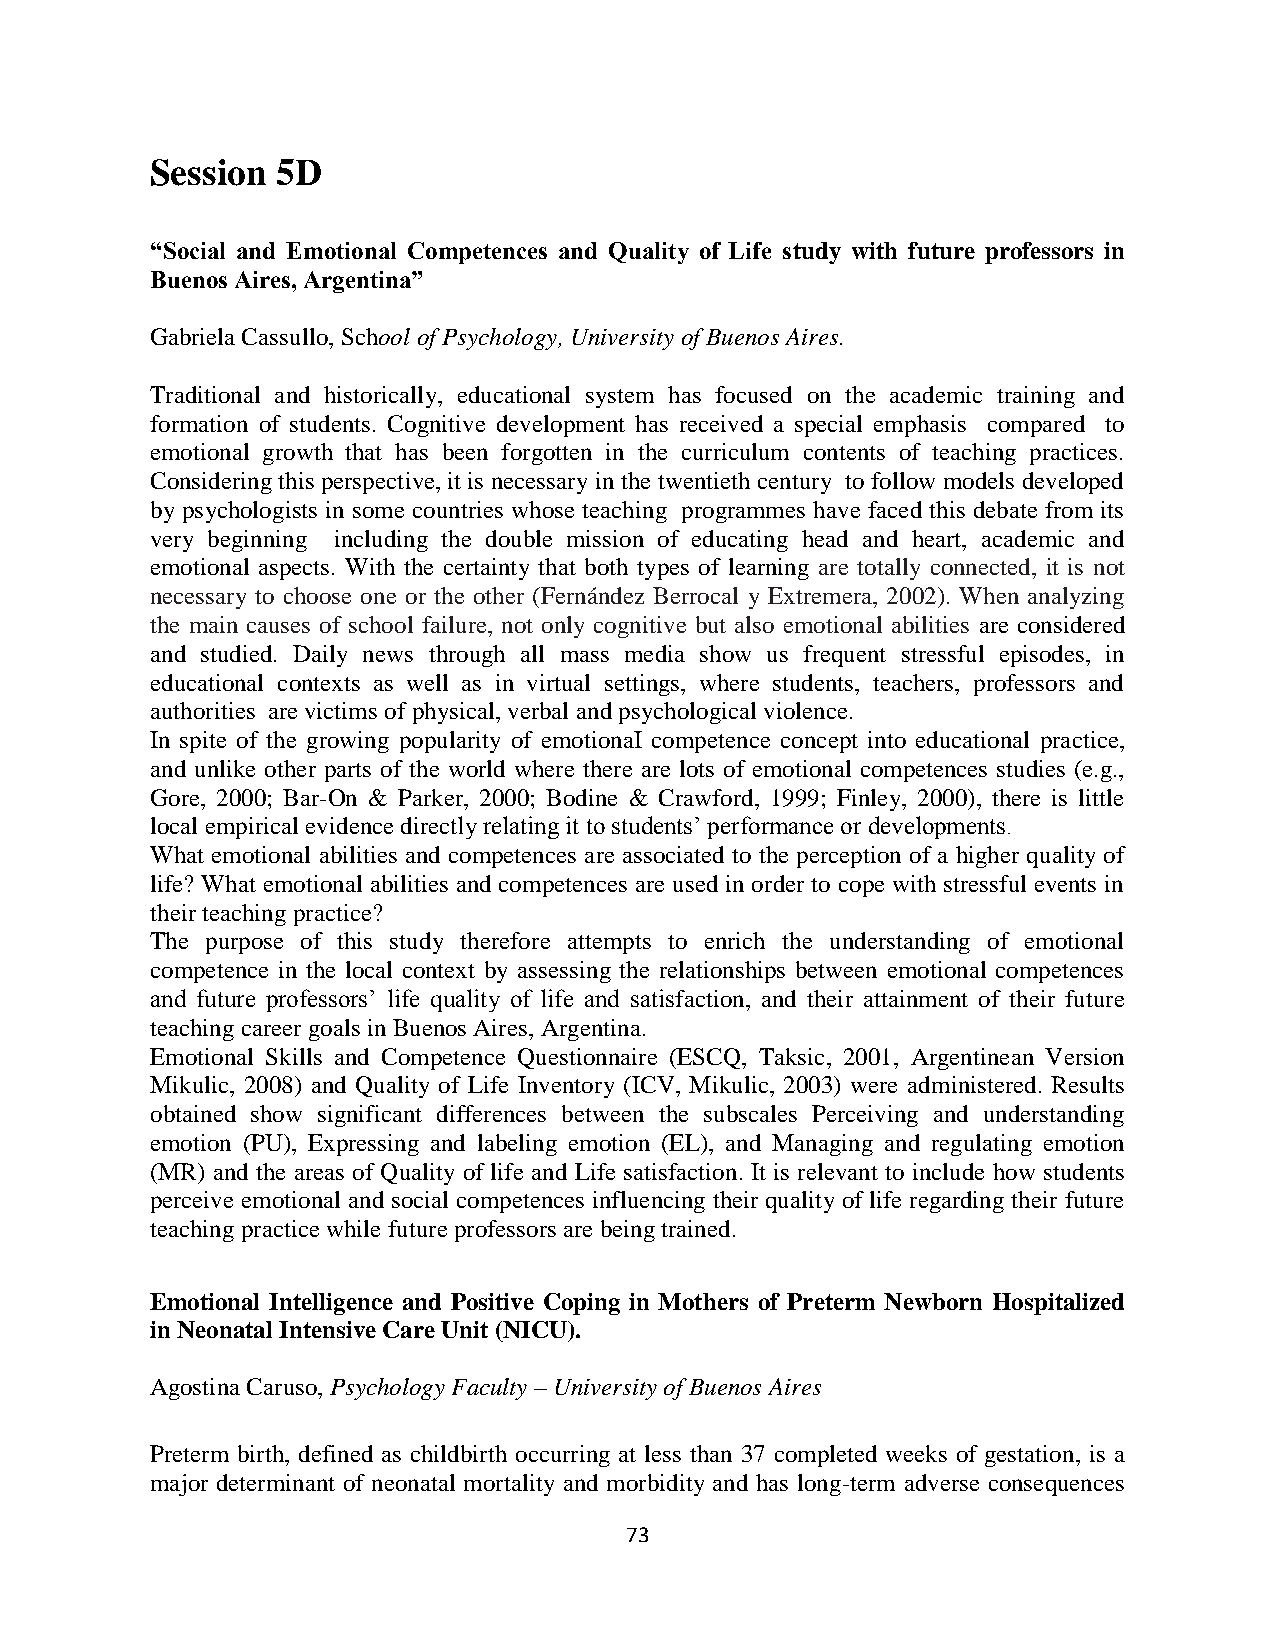
Session 5D
 “Social and Emotional Competences and Quality of Life study with future professors in
 Buenos Aires, Argentina”
 Gabriela Cassullo, School of Psychology, University of Buenos Aires.
 Traditional and historically, educational system has focused on the academic training and
 formation of students. Cognitive development has received a special emphasis compared to
 emotional growth that has been forgotten in the curriculum contents of teaching practices.
 Considering this perspective, it is necessary in the twentieth century to follow models developed
 by psychologists in some countries whose teaching programmes have faced this debate from its
 very beginning including the double mission of educating head and heart, academic and
 emotional aspects. With the certainty that both types of learning are totally connected, it is not
 necessary to choose one or the other (Fernández Berrocal y Extremera, 2002). When analyzing
 the main causes of school failure, not only cognitive but also emotional abilities are considered
 and studied. Daily news through all mass media show us frequent stressful episodes, in
 educational contexts as well as in virtual settings, where students, teachers, professors and
 authorities are victims of physical, verbal and psychological violence.
 In spite of the growing popularity of emotionaI competence concept into educational practice,
 and unlike other parts of the world where there are lots of emotional competences studies (e.g.,
 Gore, 2000; Bar-On & Parker, 2000; Bodine & Crawford, 1999; Finley, 2000), there is little
 local empirical evidence directly relating it to students’ performance or developments.
 What emotional abilities and competences are associated to the perception of a higher quality of
 life? What emotional abilities and competences are used in order to cope with stressful events in
 their teaching practice?
 The purpose of this study therefore attempts to enrich the understanding of emotional
 competence in the local context by assessing the relationships between emotional competences
 and future professors’ life quality of life and satisfaction, and their attainment of their future
 teaching career goals in Buenos Aires, Argentina.
 Emotional Skills and Competence Questionnaire (ESCQ, Taksic, 2001, Argentinean Version
 Mikulic, 2008) and Quality of Life Inventory (ICV, Mikulic, 2003) were administered. Results
 obtained show significant differences between the subscales Perceiving and understanding
 emotion (PU), Expressing and labeling emotion (EL), and Managing and regulating emotion
 (MR) and the areas of Quality of life and Life satisfaction. It is relevant to include how students
 perceive emotional and social competences influencing their quality of life regarding their future
 teaching practice while future professors are being trained.
 Emotional Intelligence and Positive Coping in Mothers of Preterm Newborn Hospitalized
 in Neonatal Intensive Care Unit (NICU).
 Agostina Caruso, Psychology Faculty – University of Buenos Aires
 Preterm birth, defined as childbirth occurring at less than 37 completed weeks of gestation, is a
 major determinant of neonatal mortality and morbidity and has long-term adverse consequences
 73